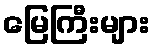
မြေကြီးများ